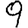
Digit: 9